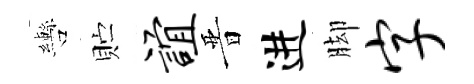
轡贮谊晋进脚字